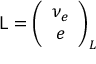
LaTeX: { { \sf L } } = \left( \begin{array} { c } { { \nu _ { e } } } \\ { { e } } \end{array} \right) _ { L }